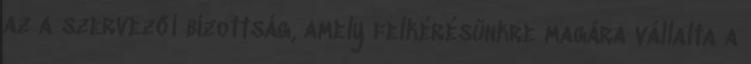
az a szervezői bizottság, amely felkérésünkre magára vállalta a